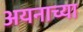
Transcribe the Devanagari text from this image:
अयनाच्या